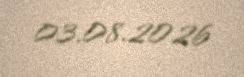
03.08.2026